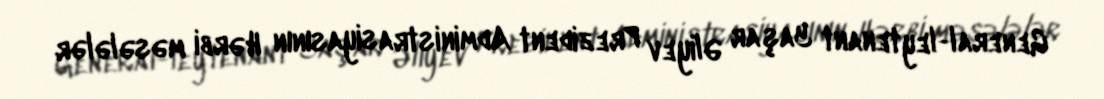
General-leytenant Yaşar Əliyev Prezident Administrasiyasının Hərbi məsələlər